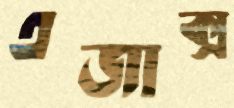
এজাক্স